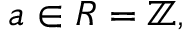
a \in R = \mathbb { Z } ,